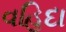
વહિદા